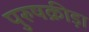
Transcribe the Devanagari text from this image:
पुरुषक्रीड़ा